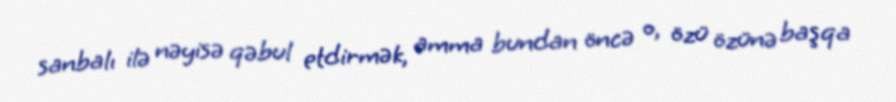
sanbalı ilə nəyisə qəbul etdirmək, amma bundan öncə o, özü özünə başqa